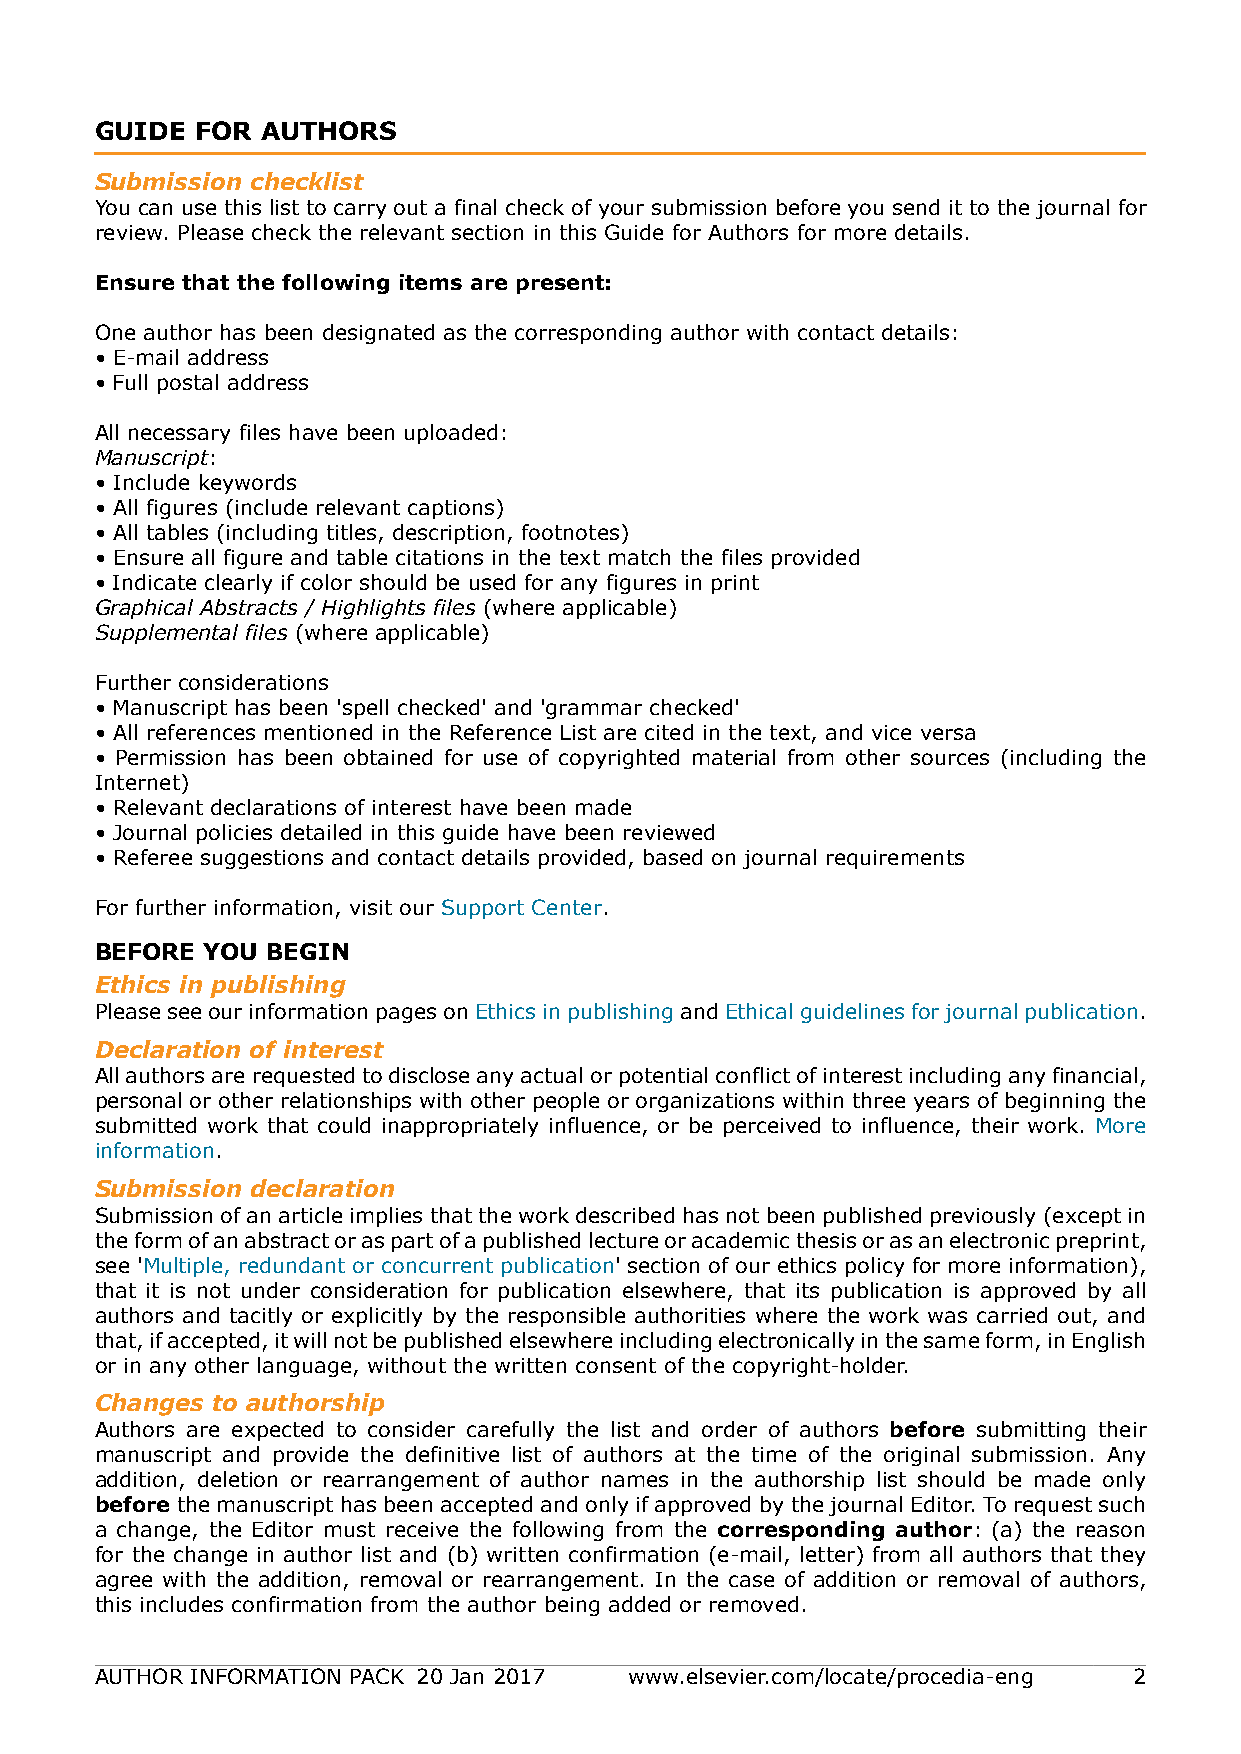
GUIDE  FOR AUTHORS
 .
 Submission checklist
 You can use this list to carry out a final check of your submission before you send it to the journal for
 review. Please check the relevant section in this Guide for Authors for more details.
 Ensure that the following items are present:
 One author has been designated as the corresponding author with contact details:
 • E-mail address
 • Full postal address
 All necessary files have been uploaded:
 Manuscript:
 • Include keywords
 • All figures (include relevant captions)
 • All tables (including titles, description, footnotes)
 • Ensure all figure and table citations in the text match the files provided
 • Indicate clearly if color should be used for any figures in print
 Graphical Abstracts / Highlights files (where applicable)
 Supplemental files (where applicable)
 Further considerations
 • Manuscript has been 'spell checked' and 'grammar checked'
 • All references mentioned in the Reference List are cited in the text, and vice versa
 • Permission has been obtained for use of copyrighted material from other sources (including the
 Internet)
 • Relevant declarations of interest have been made
 • Journal policies detailed in this guide have been reviewed
 • Referee suggestions and contact details provided, based on journal requirements
 For further information, visit our Support Center.
 BEFORE YOU  BEGIN
 Ethics in publishing
 Please see our information pages on Ethics in publishing and Ethical guidelines for journal publication.
 Declaration of interest
 All authors are requested to disclose any actual or potential conflict of interest including any financial,
 personal or other relationships with other people or organizations within three years of beginning the
 submitted work that could inappropriately influence, or be perceived to influence, their work. More
 information.
 Submission declaration
 Submission of an article implies that the work described has not been published previously (except in
 the form of an abstract or as part of a published lecture or academic thesis or as an electronic preprint,
 see 'Multiple, redundant or concurrent publication' section of our ethics policy for more information),
 that it is not under consideration for publication elsewhere, that its publication is approved by all
 authors and tacitly or explicitly by the responsible authorities where the work was carried out, and
 that, if accepted, it will not be published elsewhere including electronically in the same form, in English
 or in any other language, without the written consent of the copyright-holder.
 Changes to authorship
 Authors are expected to consider carefully the list and order of authors before submitting their
 manuscript and provide the definitive list of authors at the time of the original submission. Any
 addition, deletion or rearrangement of author names in the authorship list should be made only
 before the manuscript has been accepted and only if approved by the journal Editor. To request such
 a change, the Editor must receive the following from the corresponding author: (a) the reason
 for the change in author list and (b) written confirmation (e-mail, letter) from all authors that they
 agree with the addition, removal or rearrangement. In the case of addition or removal of authors,
 this includes confirmation from the author being added or removed.
 AUTHOR INFORMATION PACK 20 Jan 2017 www.elsevier.com/locate/procedia-eng 2